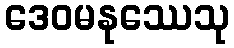
ဒေဝမနုဿေသု